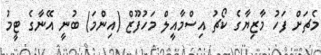
މެޗަށް ފަހު މާޒިޔާގެ ކޯޗު އިސްމާއީލް މަހުފޫޒް (އިންމަ) ބުނީ އޭނާގެ ޓީމު